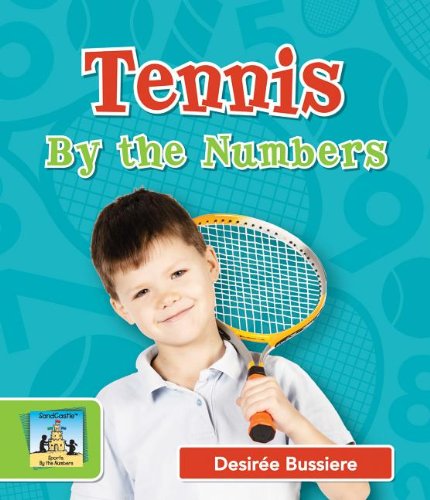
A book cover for Tennis by the Numbers (Sports By the Numbers); Desiree Bussiere; Children's Books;